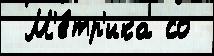
 М'е́тр'ика со